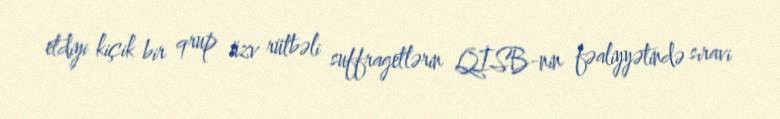
etdiyi kiçik bir qrup üzv rütbəli suffragetlərin QİSB-nin fəaliyyətində sıravi